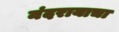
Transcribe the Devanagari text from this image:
नंदरायाचा